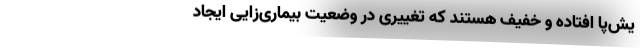
یش‌‌‌پا افتاده و خفیف هستند که تغییری در وضعیت بیماری‌‌زایی ایجاد